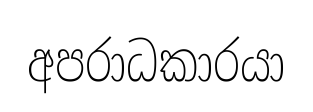
අපරාධකාරයා